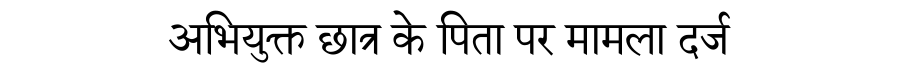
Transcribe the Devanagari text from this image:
अभियुक्त छात्र के पिता पर मामला दर्ज